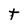
Character: t